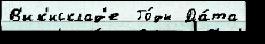
В'ик'исклад'е  Го́ды Да́та